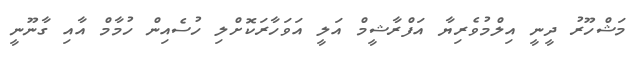
މަޝްހޫރު ދީނީ އިލްމުވެރިޔާ އަފްރާޝީމް އަލީ އަވަހާރަކޮށްލި ހުސެއިން ހުމާމް އާއި ގާނޫނީ